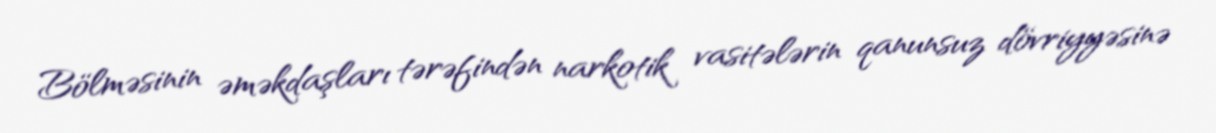
Bölməsinin əməkdaşları tərəfindən narkotik vasitələrin qanunsuz dövriyyəsinə